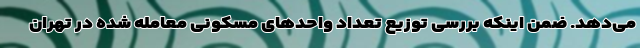
می‌دهد. ضمن اینکه بررسی توزیع تعداد واحدهای مسکونی معامله شده در تهران